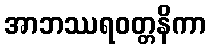
အာဘဿရဝတ္တနိကာ